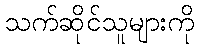
သက်ဆိုင်သူများကို